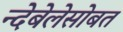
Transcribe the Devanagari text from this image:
न्देबेलेसोबत